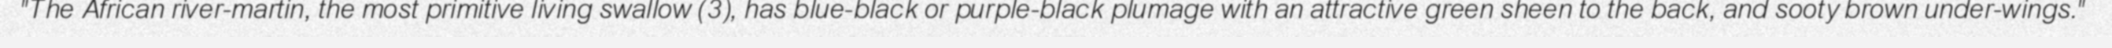
"The African river-martin, the most primitive living swallow (3), has blue-black or purple-black plumage with an attractive green sheen to the back, and sooty brown under-wings."